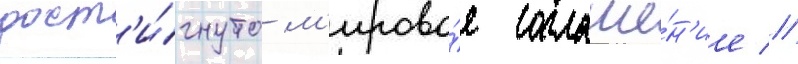
дост'и́гнуто м'ирово́е соглаше́н'ие //